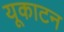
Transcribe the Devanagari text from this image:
यूकाटन